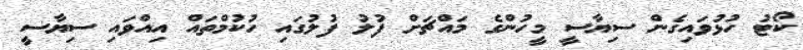
ކޯޓު ހުޅުވައިގެން ސިޔާސީ މީހުންގެ މައްޗަށް ފުލު ފުލުގައި ހުކުމްތައް އިއްވައި ސިޔާސީ